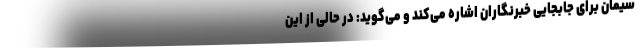
سیمان برای جابجایی خبرنگاران اشاره می‌کند و می‌گوید: در حالی از این